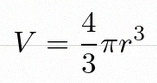
V=\frac43\pi r^3